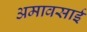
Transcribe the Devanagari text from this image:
अमावसाई